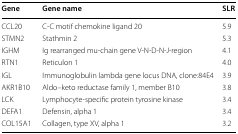
<table><thead><tr><td><b>Gene</b></td><td><b>Gene name</b></td><td><b>SLR</b></td></tr></thead><tbody><tr><td>CCL20</td><td>C-C motif chemokine ligand 20</td><td>5.9</td></tr><tr><td>STMN2</td><td>Stathmin 2</td><td>5.3</td></tr><tr><td>IGHM</td><td>Ig rearranged mu-chain gene V-N-D-N-J-region</td><td>4.1</td></tr><tr><td>RTN1</td><td>Reticulon 1</td><td>4.0</td></tr><tr><td>IGL</td><td>Immunoglobulin lambda gene locus DNA, clone:84E4</td><td>3.9</td></tr><tr><td>AKR1B10</td><td>Aldo–keto reductase family 1, member B10</td><td>3.8</td></tr><tr><td>LCK</td><td>Lymphocyte-specific protein tyrosine kinase</td><td>3.4</td></tr><tr><td>DEFA1</td><td>Defensin, alpha 1</td><td>3.4</td></tr><tr><td>COL15A1</td><td>Collagen, type XV, alpha 1</td><td>3.2</td></tr></tbody></table>